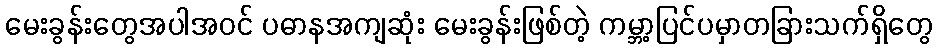
မေးခွန်းတွေအပါအဝင် ပဓာနအကျဆုံး မေးခွန်းဖြစ်တဲ့ ကမ္ဘာ့ပြင်ပမှာတခြားသက်ရှိတွေ